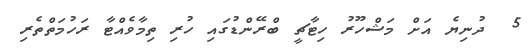
5  ދުނިޔެ އަށް މަޝްހޫރު ހިޓާޗީ ބްރޭންޑުގައި ހުރި ތިމާވެއްޓާ ރަހުމަތްތެރި